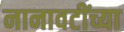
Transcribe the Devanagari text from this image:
नानावटींच्या